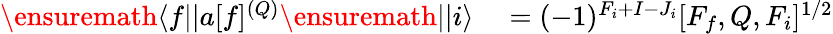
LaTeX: \begin{array}{rl}{\ensuremath{\langle f||}a[f]^{(Q)}\ensuremath{||i\rangle}}&{{}=(-1)^{F_{i}+I-J_{i}}[F_{f},Q,F_{i}]^{1/2}}\end{array}